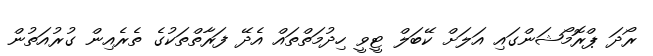
ރޯދަ ޕްރޮމޯޝަންގައި އަލަށް ކޭބަލް ޓީވީ ހިދުމަތްތައް އެދޭ ފަރާތްތަކުގެ ތެރެއިން ގުރުއަތުން